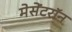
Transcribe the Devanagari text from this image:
मेसेंटरॉन